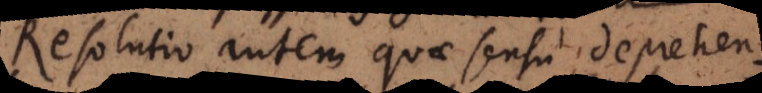
Resolutio autem quae sensu deprehendit